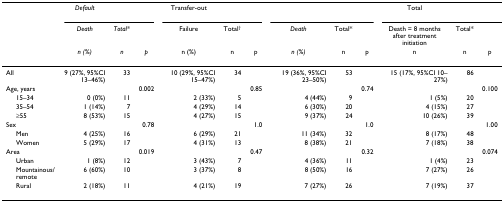
<table><thead><tr><td></td><td><b><i>Default</i></b></td><td></td><td></td><td><b>Transfer-out</b></td><td></td><td></td><td></td><td></td><td></td><td><b>Total</b></td><td></td><td></td></tr><tr><td></td><td><b><i>Death</i></b></td><td><b><i>Total*</i></b></td><td></td><td><b>Failure</b></td><td><b>Total<sup>†</sup></b></td><td></td><td><b><i>Death</i></b></td><td><b>Total*</b></td><td></td><td><b>Death = 8 months after treatment initiation</b></td><td><b>Total*</b></td><td></td></tr><tr><td></td><td><b><i>n (%)</i></b></td><td><b><i>n</i></b></td><td><b><i>p</i></b></td><td><b>n (%)</b></td><td><b>n</b></td><td><b>p</b></td><td><b><i>n (%)</i></b></td><td><b>n</b></td><td><b>p</b></td><td><b>n</b></td><td><b>n</b></td><td><b>p</b></td></tr></thead><tbody><tr><td>All</td><td>9 (27%, 95%CI 13–46%)</td><td>33</td><td></td><td>10 (29%, 95%CI 15–47%)</td><td>34</td><td></td><td>19 (36%, 95%CI 23–50%)</td><td>53</td><td></td><td>15 (17%, 95%CI 10–27%)</td><td>86</td><td></td></tr><tr><td>Age, years</td><td></td><td></td><td>0.002</td><td></td><td></td><td>0.85</td><td></td><td></td><td>0.74</td><td></td><td></td><td>0.100</td></tr><tr><td> 15–34</td><td>0 (0%)</td><td>11</td><td></td><td>2 (33%)</td><td>5</td><td></td><td>4 (44%)</td><td>9</td><td></td><td>1 (5%)</td><td>20</td><td></td></tr><tr><td> 35–54</td><td>1 (14%)</td><td>7</td><td></td><td>4 (29%)</td><td>14</td><td></td><td>6 (30%)</td><td>20</td><td></td><td>4 (15%)</td><td>27</td><td></td></tr><tr><td> ≥55</td><td>8 (53%)</td><td>15</td><td></td><td>4 (27%)</td><td>15</td><td></td><td>9 (37%)</td><td>24</td><td></td><td>10 (26%)</td><td>39</td><td></td></tr><tr><td>Sex</td><td></td><td></td><td>0.78</td><td></td><td></td><td>1.0</td><td></td><td></td><td>1.0</td><td></td><td></td><td>1.00</td></tr><tr><td> Men</td><td>4 (25%)</td><td>16</td><td></td><td>6 (29%)</td><td>21</td><td></td><td>11 (34%)</td><td>32</td><td></td><td>8 (17%)</td><td>48</td><td></td></tr><tr><td> Women</td><td>5 (29%)</td><td>17</td><td></td><td>4 (31%)</td><td>13</td><td></td><td>8 (38%)</td><td>21</td><td></td><td>7 (18%)</td><td>38</td><td></td></tr><tr><td>Area</td><td></td><td></td><td>0.019</td><td></td><td></td><td>0.47</td><td></td><td></td><td>0.32</td><td></td><td></td><td>0.074</td></tr><tr><td> Urban</td><td>1 (8%)</td><td>12</td><td></td><td>3 (43%)</td><td>7</td><td></td><td>4 (36%)</td><td>11</td><td></td><td>1 (4%)</td><td>23</td><td></td></tr><tr><td> Mountainous/remote</td><td>6 (60%)</td><td>10</td><td></td><td>3 (37%)</td><td>8</td><td></td><td>8 (50%)</td><td>16</td><td></td><td>7 (27%)</td><td>26</td><td></td></tr><tr><td> Rural</td><td>2 (18%)</td><td>11</td><td></td><td>4 (21%)</td><td>19</td><td></td><td>7 (27%)</td><td>26</td><td></td><td>7 (19%)</td><td>37</td><td></td></tr></tbody></table>